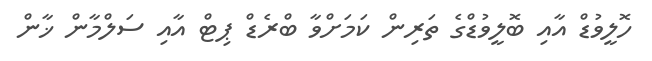
ހޮލީވުޑް އާއި ބޮލީވުޑްގެ ތަރިން ކަމަށްވާ ބްރެޑް ޕިޓް އާއި ސަލްމާން ޚާން